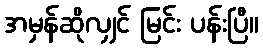
အမှန်ဆိုလျှင် မြင်း ပန်းပြီ။